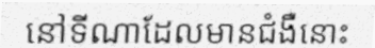
នៅទីណាដែលមានជំងឺនោះ